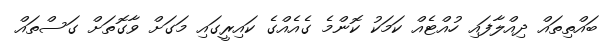
ބައްތިތައް ދިއްލާފައި ހުއްޓެއް ކަމަކު ކޮންމެ ގެއެއްގެ ކައިރީގައި މަގަށް ވާގޮތަށް ގަސްތައް